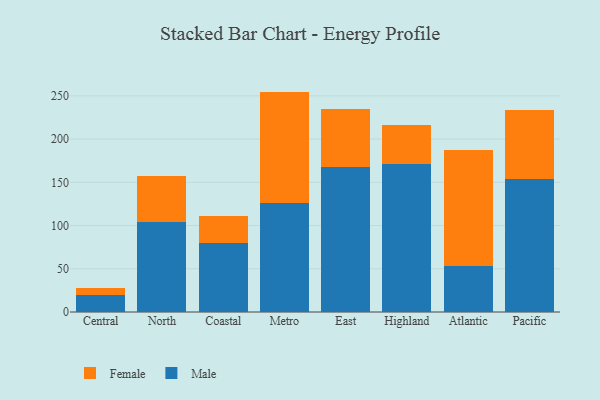
{"axis": {"x": "Region", "y": "Population (Million)"}, "legend": ["Female", "Male"], "data": [{"x": "Central", "y": 19.9, "type": "Male"}, {"x": "Central", "y": 8.4, "type": "Female"}, {"x": "North", "y": 104.1, "type": "Male"}, {"x": "North", "y": 52.7, "type": "Female"}, {"x": "Coastal", "y": 79.9, "type": "Male"}, {"x": "Coastal", "y": 30.9, "type": "Female"}, {"x": "Metro", "y": 126.3, "type": "Male"}, {"x": "Metro", "y": 128.6, "type": "Female"}, {"x": "East", "y": 168.0, "type": "Male"}, {"x": "East", "y": 66.7, "type": "Female"}, {"x": "Highland", "y": 171.4, "type": "Male"}, {"x": "Highland", "y": 44.4, "type": "Female"}, {"x": "Atlantic", "y": 53.0, "type": "Male"}, {"x": "Atlantic", "y": 134.4, "type": "Female"}, {"x": "Pacific", "y": 153.4, "type": "Male"}, {"x": "Pacific", "y": 80.5, "type": "Female"}]}